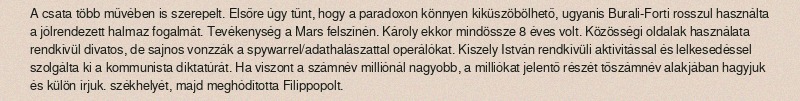
A csata több művében is szerepelt. Elsőre úgy tűnt, hogy a paradoxon könnyen kiküszöbölhető, ugyanis Burali-Forti rosszul használta a jólrendezett halmaz fogalmát. Tevékenység a Mars felszínén. Károly ekkor mindössze 8 éves volt. Közösségi oldalak használata rendkívül divatos, de sajnos vonzzák a spywarrel/adathalászattal operálókat. Kiszely István rendkívüli aktivitással és lelkesedéssel szolgálta ki a kommunista diktatúrát. Ha viszont a számnév milliónál nagyobb, a milliókat jelentő részét tőszámnév alakjában hagyjuk és külön írjuk. székhelyét, majd meghódította Filippopolt.